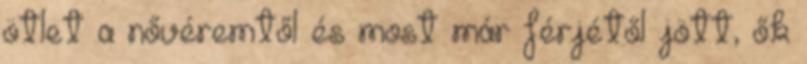
ötlet a nővéremtől és most már férjétől jött, ők